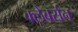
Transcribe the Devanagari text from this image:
क्लेबर्सन